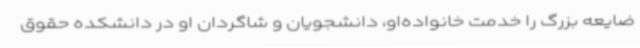
ضایعه بزرگ را خدمت خانواده‌او، دانشجویان و شاگردان او در دانشکده حقوق